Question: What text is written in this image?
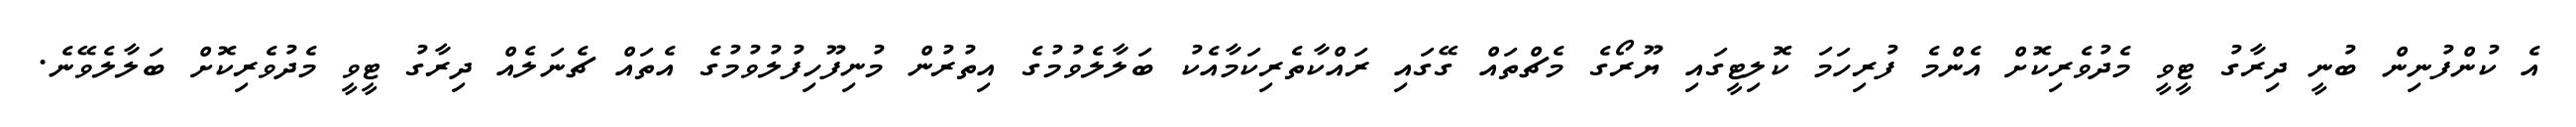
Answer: އެ ކުންފުނިން ބުނީ ދިރާގު ޓީވީ މެދުވެރިކޮށް އެންމެ ފުރިހަމަ ކޮލިޓީގައި ޔޫރޯގެ މެޗްތައް ގޭގައި ރައްކާތެރިކަމާއެކު ބަލާލެވުމުގެ އިތުރުން މުނިފޫހިފުލުވުމުގެ އެތައް ޗެނަލެއް ދިރާގު ޓީވީ މެދުވެރިކޮށް ބަލާލެވޭނެ.